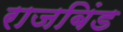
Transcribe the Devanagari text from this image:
राजबिंड